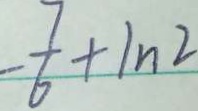
- \frac { 7 } { 6 } + 1 n 2